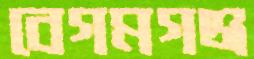
বেগমগঞ্জ